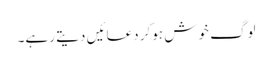
لوگ خوش ہوکر دعائیں دیتے رہے۔